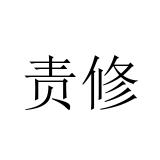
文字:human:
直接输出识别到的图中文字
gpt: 责修